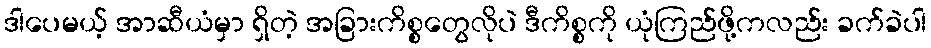
ဒါပေမယ့် အာဆီယံမှာ ရှိတဲ့ အခြားကိစ္စတွေလိုပဲ ဒီကိစ္စကို ယုံကြည်ဖို့ကလည်း ခက်ခဲပါ